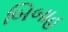
બિબાહ